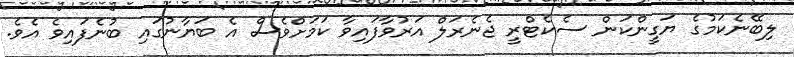
ލިބޭނެކަމުގެ ޔަގީންކަން ސެކެޓްރީ ޖެނެރަލް އަރުވާފައިވާ ކަމަށްވެސް އެ ބަޔާނުގައި ބުނެފައިވެ އެވެ.